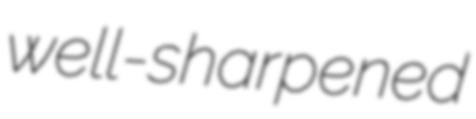
well-sharpened